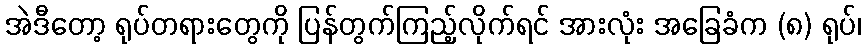
အဲဒီတော့ ရုပ်တရားတွေကို ပြန်တွက်ကြည့်လိုက်ရင် အားလုံး အခြေခံက (၈) ရုပ်၊